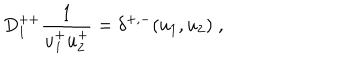
D _ { 1 } ^ { + + } { \frac { 1 } { u _ { 1 } ^ { + } u _ { 2 } ^ { + } } } = \delta ^ { + , - } ( u _ { 1 } , u _ { 2 } ) \; ,